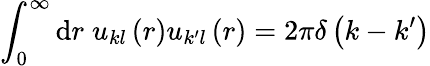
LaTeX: \int_{0}^{\infty}\mathrm{d}r\; u_{kl}\left(r\right)u_{k^{\prime}l}\left(r\right)=2\pi\delta\left(k-k^{\prime}\right)